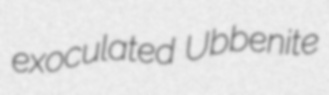
exoculated Ubbenite